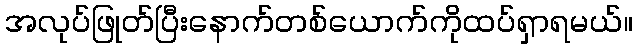
အလုပ်ဖြုတ်ပြီးနောက်တစ်ယောက်ကိုထပ်ရှာရမယ်။